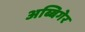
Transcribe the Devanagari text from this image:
अब्बिगेर